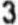
3